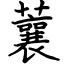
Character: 蘘